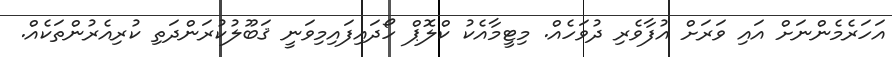
އަހަރެމެންނަށް އައި ވަރަށް އުފާވެރި ދުވަހެއް. މިޓީމާއެކު ކްލޮޕް ހޯދައިފައިމިވަނީ ޤަބޫލުކުރަންދަތި ކުރިއެރުންތަކެއް.